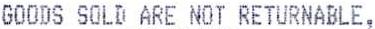
GOODS SOLD ARE NOT RETURNABLE,